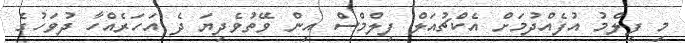
މި ފިލްމު އުފެއްދުމަށް އެކްޗުއަލް ފިލްމްސް އިން ވޭތުވެދިޔަ ދެ އަހަރެއްހާ ދުވަހުގެ